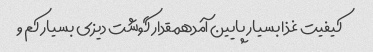
کیفیت غذا بسیار پایین آمدهمقدار گوشت دیزی بسیار کم و